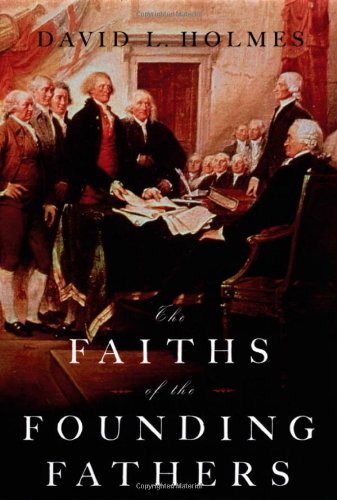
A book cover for The Faiths of the Founding Fathers; David L. Holmes; History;